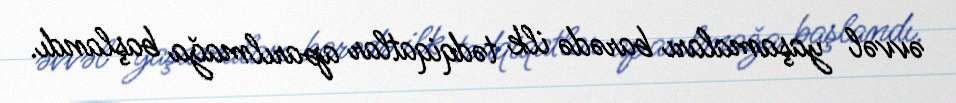
əvvəl yaşamaları barədə ilk tədqiqatlar aparılmağa başlandı.